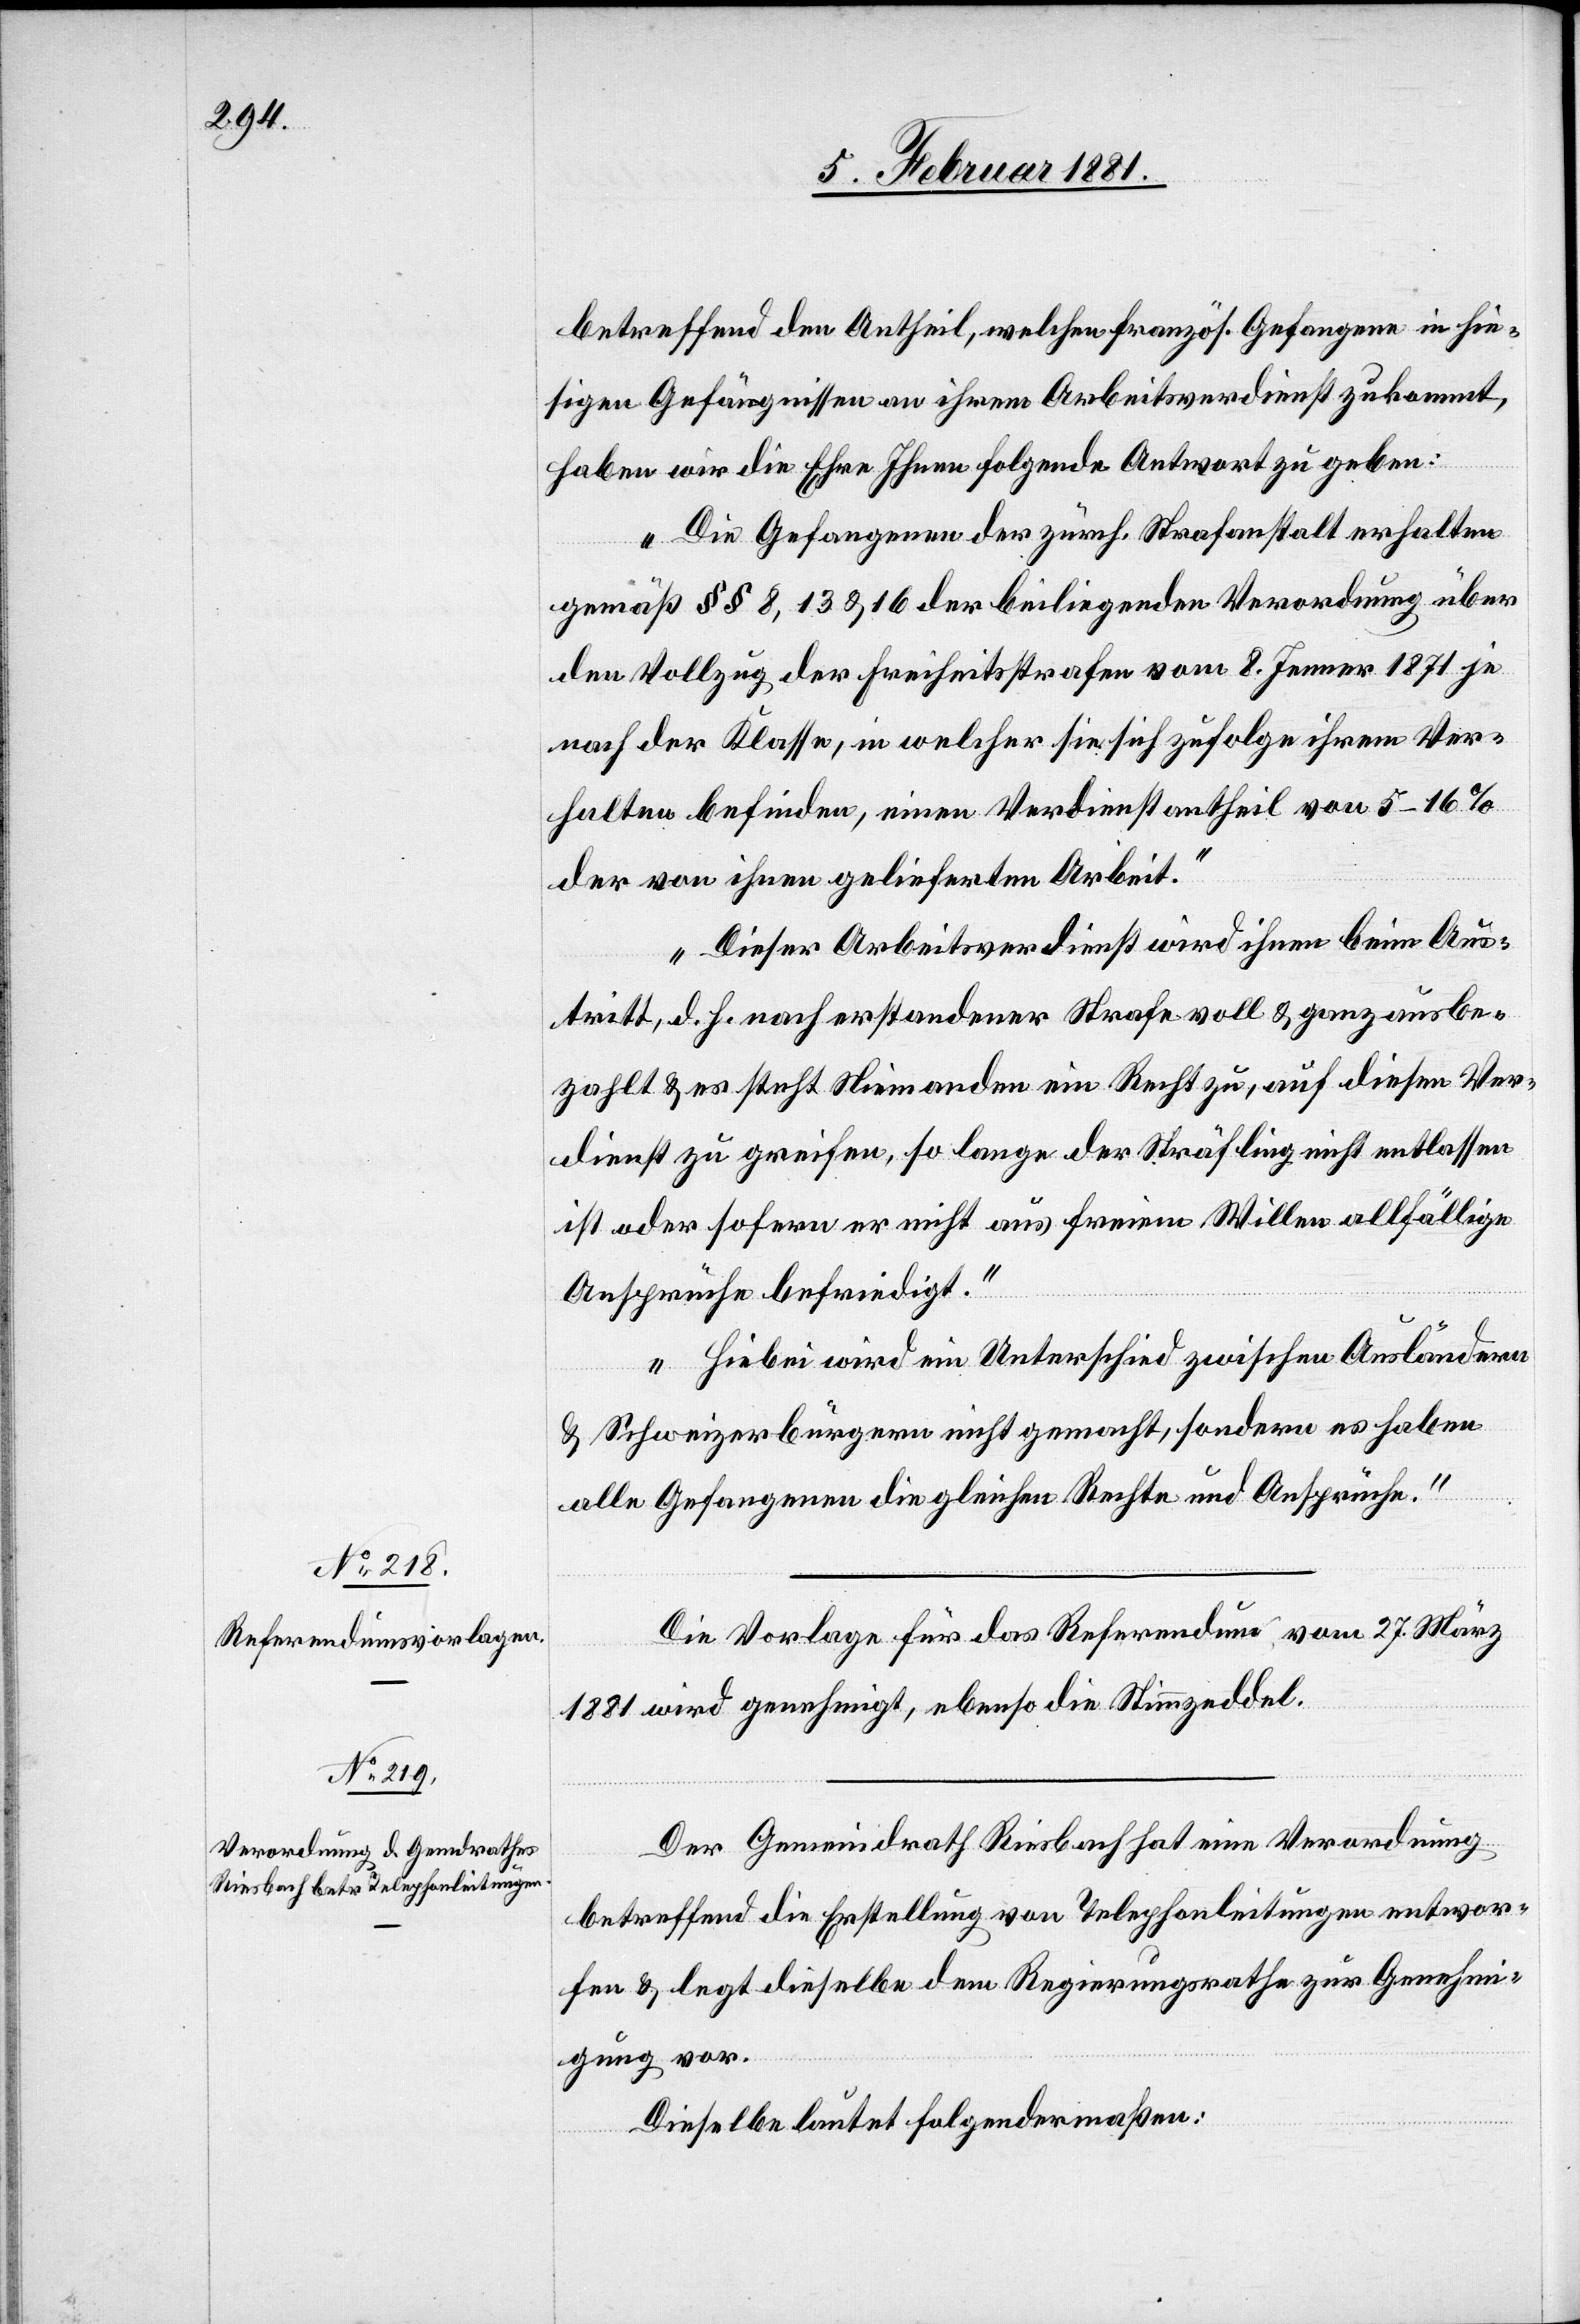
betreffend den Antheil, welchen französ. Gefangene in hie¬
sigen Gefängnissen an ihrem Arbeitsverdienst zukommt,
haben wir die Ehre Ihnen folgende Antwort zu geben:
„Die Gefangenen der zürch. Strafanstalt erhalten
gemäß §§ 8, 13 & 16 der beiliegenden Verordnung über
den Vollzug der Freiheitsstrafen vom 8. Jenner 1871 je
nach der Klasse, in welcher sie sich zufolge ihrem Ver¬
halten befinden, einen Verdienstantheil von 5–16%
der von ihnen gelieferten Arbeit.“
„Dieser arbeitsverdienst wird ihnen beim Aus¬
tritt, d. h. nach erstandener Strafe voll & ganz ausbe¬
zahlt& es steht Niemanden [sic!] ein Recht zu, auf diesen Ver¬
dienst zu greifen, so lange der Sträfling nicht entlassen
ist oder sofern er nicht aus freiem Willen allfällige
Ansprüche befriedigt.“
„Hiebei wird ein Unterschied zwischen Ausländern
& Schweizerbürgern nicht gemacht, sondern es haben
alle Gefangenen die gleichen Rechte und Ansprüche.“
Die Vorlage für das Referendum vom 27. März
1881 wird genehmigt, ebenso die Stimmzeddel.
Der Gemeindrath Riesbach hat eine Verordnung
betreffend die Erstellung von Telegraphenleitungen entwor¬
fen & legt dieselbe dem Regierungsrathe zur Genehmi¬
gung vor.
Dieselbe lautet folgendermaßen: